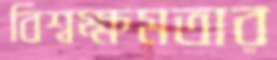
বিশ্বক্ষমতার